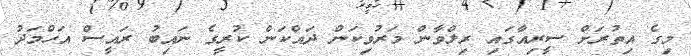
މިގެ އިތުރަށް ސީރިއާގައި ރިލްވާން މަރުވިކަން ދައްކަން ކުރީގެ ނައިބު ރައީސް އަހްމަދު